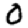
Digit: 0